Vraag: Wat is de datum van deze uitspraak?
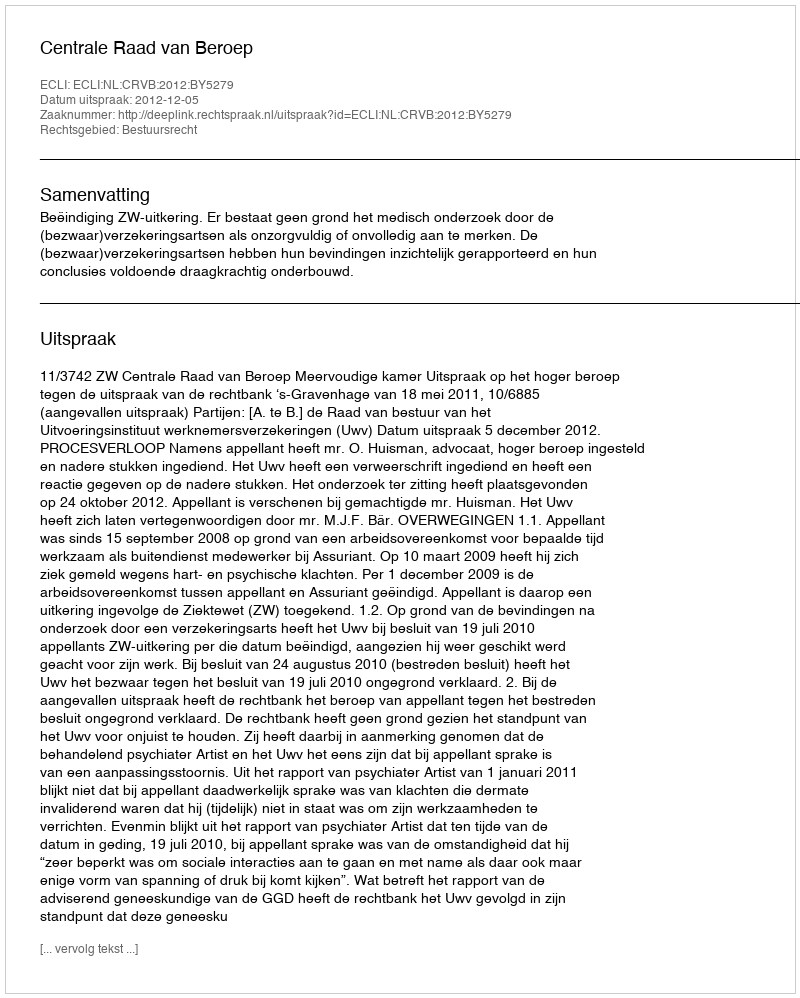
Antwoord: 2012-12-05